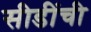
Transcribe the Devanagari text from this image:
सीडींची